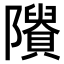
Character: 𨽠